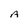
Character: A